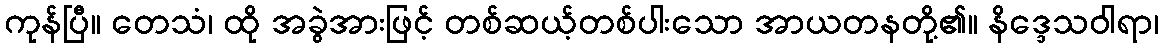
ကုန်ပြီ။ တေသံ၊ ထို အခွဲအားဖြင့် တစ်ဆယ့်တစ်ပါးသော အာယတနတို့၏။ နိဒ္ဒေသဝါရာ၊